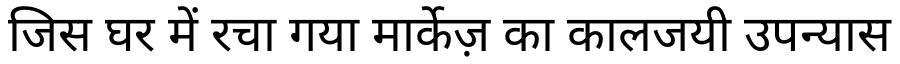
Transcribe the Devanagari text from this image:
जिस घर में रचा गया मार्केज़ का कालजयी उपन्यास